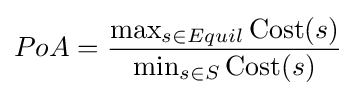
PoA={\frac {\max _{s\in Equil}\operatorname {Cost} (s)}{\min _{s\in S}\operatorname {Cost} (s)}}